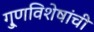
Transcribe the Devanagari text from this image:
गु्णविशेषांची